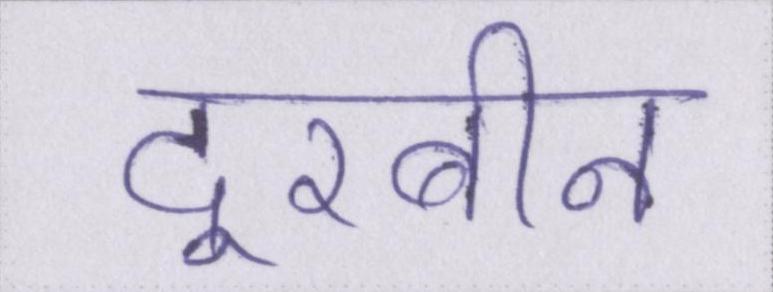
दूरबीन